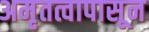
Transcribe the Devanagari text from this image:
अमृतत्वापासून